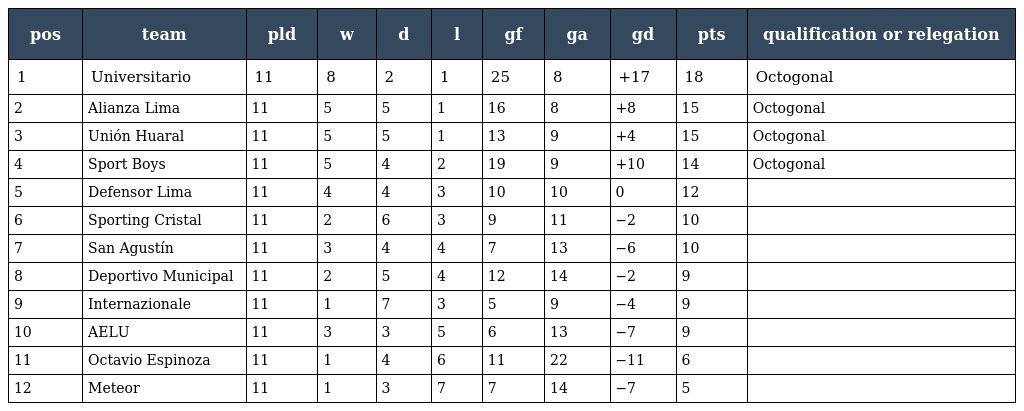
| pos | team | pld | w | d | l | gf | ga | gd | pts | qualification or relegation |
 | --- | --- | --- | --- | --- | --- | --- | --- | --- | --- | --- |
 | 1 | Universitario | 11 | 8 | 2 | 1 | 25 | 8 | +17 | 18 | Octogonal |
 | 2 | Alianza Lima | 11 | 5 | 5 | 1 | 16 | 8 | +8 | 15 | Octogonal |
 | 3 | Unión Huaral | 11 | 5 | 5 | 1 | 13 | 9 | +4 | 15 | Octogonal |
 | 4 | Sport Boys | 11 | 5 | 4 | 2 | 19 | 9 | +10 | 14 | Octogonal |
 | 5 | Defensor Lima | 11 | 4 | 4 | 3 | 10 | 10 | 0 | 12 |  |
 | 6 | Sporting Cristal | 11 | 2 | 6 | 3 | 9 | 11 | −2 | 10 |  |
 | 7 | San Agustín | 11 | 3 | 4 | 4 | 7 | 13 | −6 | 10 |  |
 | 8 | Deportivo Municipal | 11 | 2 | 5 | 4 | 12 | 14 | −2 | 9 |  |
 | 9 | Internazionale | 11 | 1 | 7 | 3 | 5 | 9 | −4 | 9 |  |
 | 10 | AELU | 11 | 3 | 3 | 5 | 6 | 13 | −7 | 9 |  |
 | 11 | Octavio Espinoza | 11 | 1 | 4 | 6 | 11 | 22 | −11 | 6 |  |
 | 12 | Meteor | 11 | 1 | 3 | 7 | 7 | 14 | −7 | 5 |  |